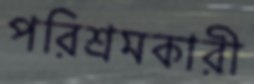
পরিশ্রমকারী